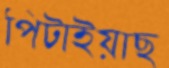
পিটাইয়াছ